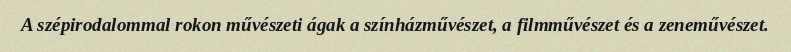
A szépirodalommal rokon művészeti ágak a színházművészet, a filmművészet és a zeneművészet.